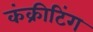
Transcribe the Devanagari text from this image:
कंक्रीटिंग